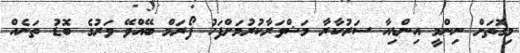
މިގޮތަށް ނިންމީ އިންޑިއާ ސަރުކާރާ މަޝްވަރާކުރުމަށްފަހު ފޯރަމް ބޭއްވޭ ވަރުގެ ބޮޑު ތަނެއް